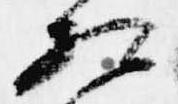
相